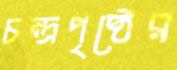
চন্দ্রপৃষ্ঠের